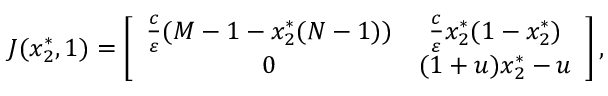
\begin{array} { r } { J ( x _ { 2 } ^ { * } , 1 ) = \left[ { \begin{array} { c c } { \frac { c } { \varepsilon } ( M - 1 - x _ { 2 } ^ { * } ( N - 1 ) ) } & { \frac { c } { \varepsilon } x _ { 2 } ^ { * } ( 1 - x _ { 2 } ^ { * } ) } \\ { 0 } & { ( 1 + u ) x _ { 2 } ^ { * } - u } \end{array} } \right] , } \end{array}